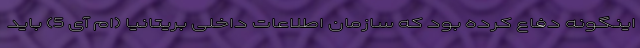
اینگونه دفاع کرده بود که سازمان اطلاعات داخلی بریتانیا (ام آی 5) باید